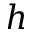
h